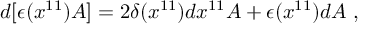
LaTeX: d [ \epsilon ( x ^ { 1 1 } ) A ] = 2 \delta ( x ^ { 1 1 } ) d x ^ { 1 1 } A + \epsilon ( x ^ { 1 1 } ) d A \ ,